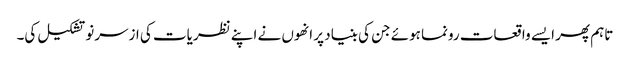
تاہم پھر ایسے واقعات رونما ہوئے جن کی بنیاد پر انھوں نے اپنے نظریات کی ازسرنو تشکیل کی۔